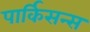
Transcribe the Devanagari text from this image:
पार्किसन्स